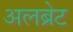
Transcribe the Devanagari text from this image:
अलब्रेट